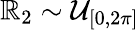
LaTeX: \mathbb{R}_{2}\sim\mathcal{{U}}_{[0,2\pi]}